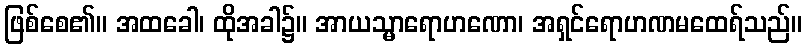
ဖြစ်စေ၏။ အထခေါ၊ ထိုအခါ၌။ အာယသ္မာရောဟဏော၊ အရှင်ရောဟဏမထေရ်သည်။